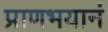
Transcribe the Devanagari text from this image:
प्राणभयानं